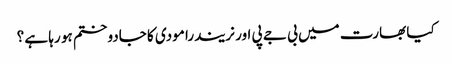
کیا بھارت میں بی جے پی اور نریندرا مودی کا جادو ختم ہو رہا ہے ؟